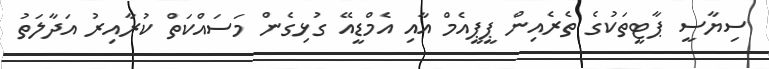
ސިޔާސީ ޕާޓީތަކުގެ ތެރެއިން ޕީޕީއެމް އާއި އެމްޑީއޭ ގުޅިގެން މަސައްކަތް ކުރާއިރު އަދާލަތު